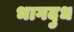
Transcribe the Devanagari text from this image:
भागदुध